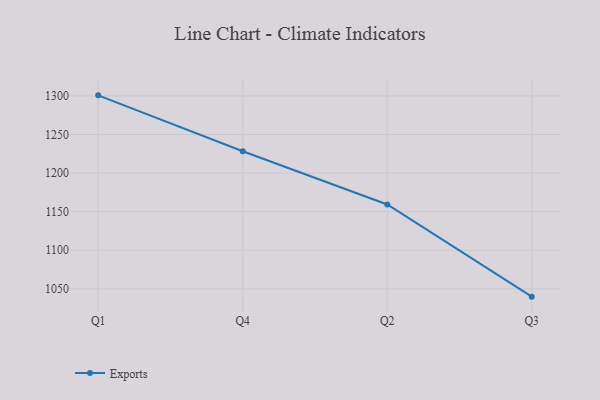
{"axis": {"x": "Quarter", "y": "Backlog"}, "legend": ["Exports"], "data": [{"x": "Q1", "y": 1300.7, "type": "Exports"}, {"x": "Q4", "y": 1228.3, "type": "Exports"}, {"x": "Q2", "y": 1159.3, "type": "Exports"}, {"x": "Q3", "y": 1039.9, "type": "Exports"}]}